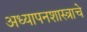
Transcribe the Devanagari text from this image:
अध्यापनशास्त्राचे